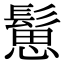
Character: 䰄